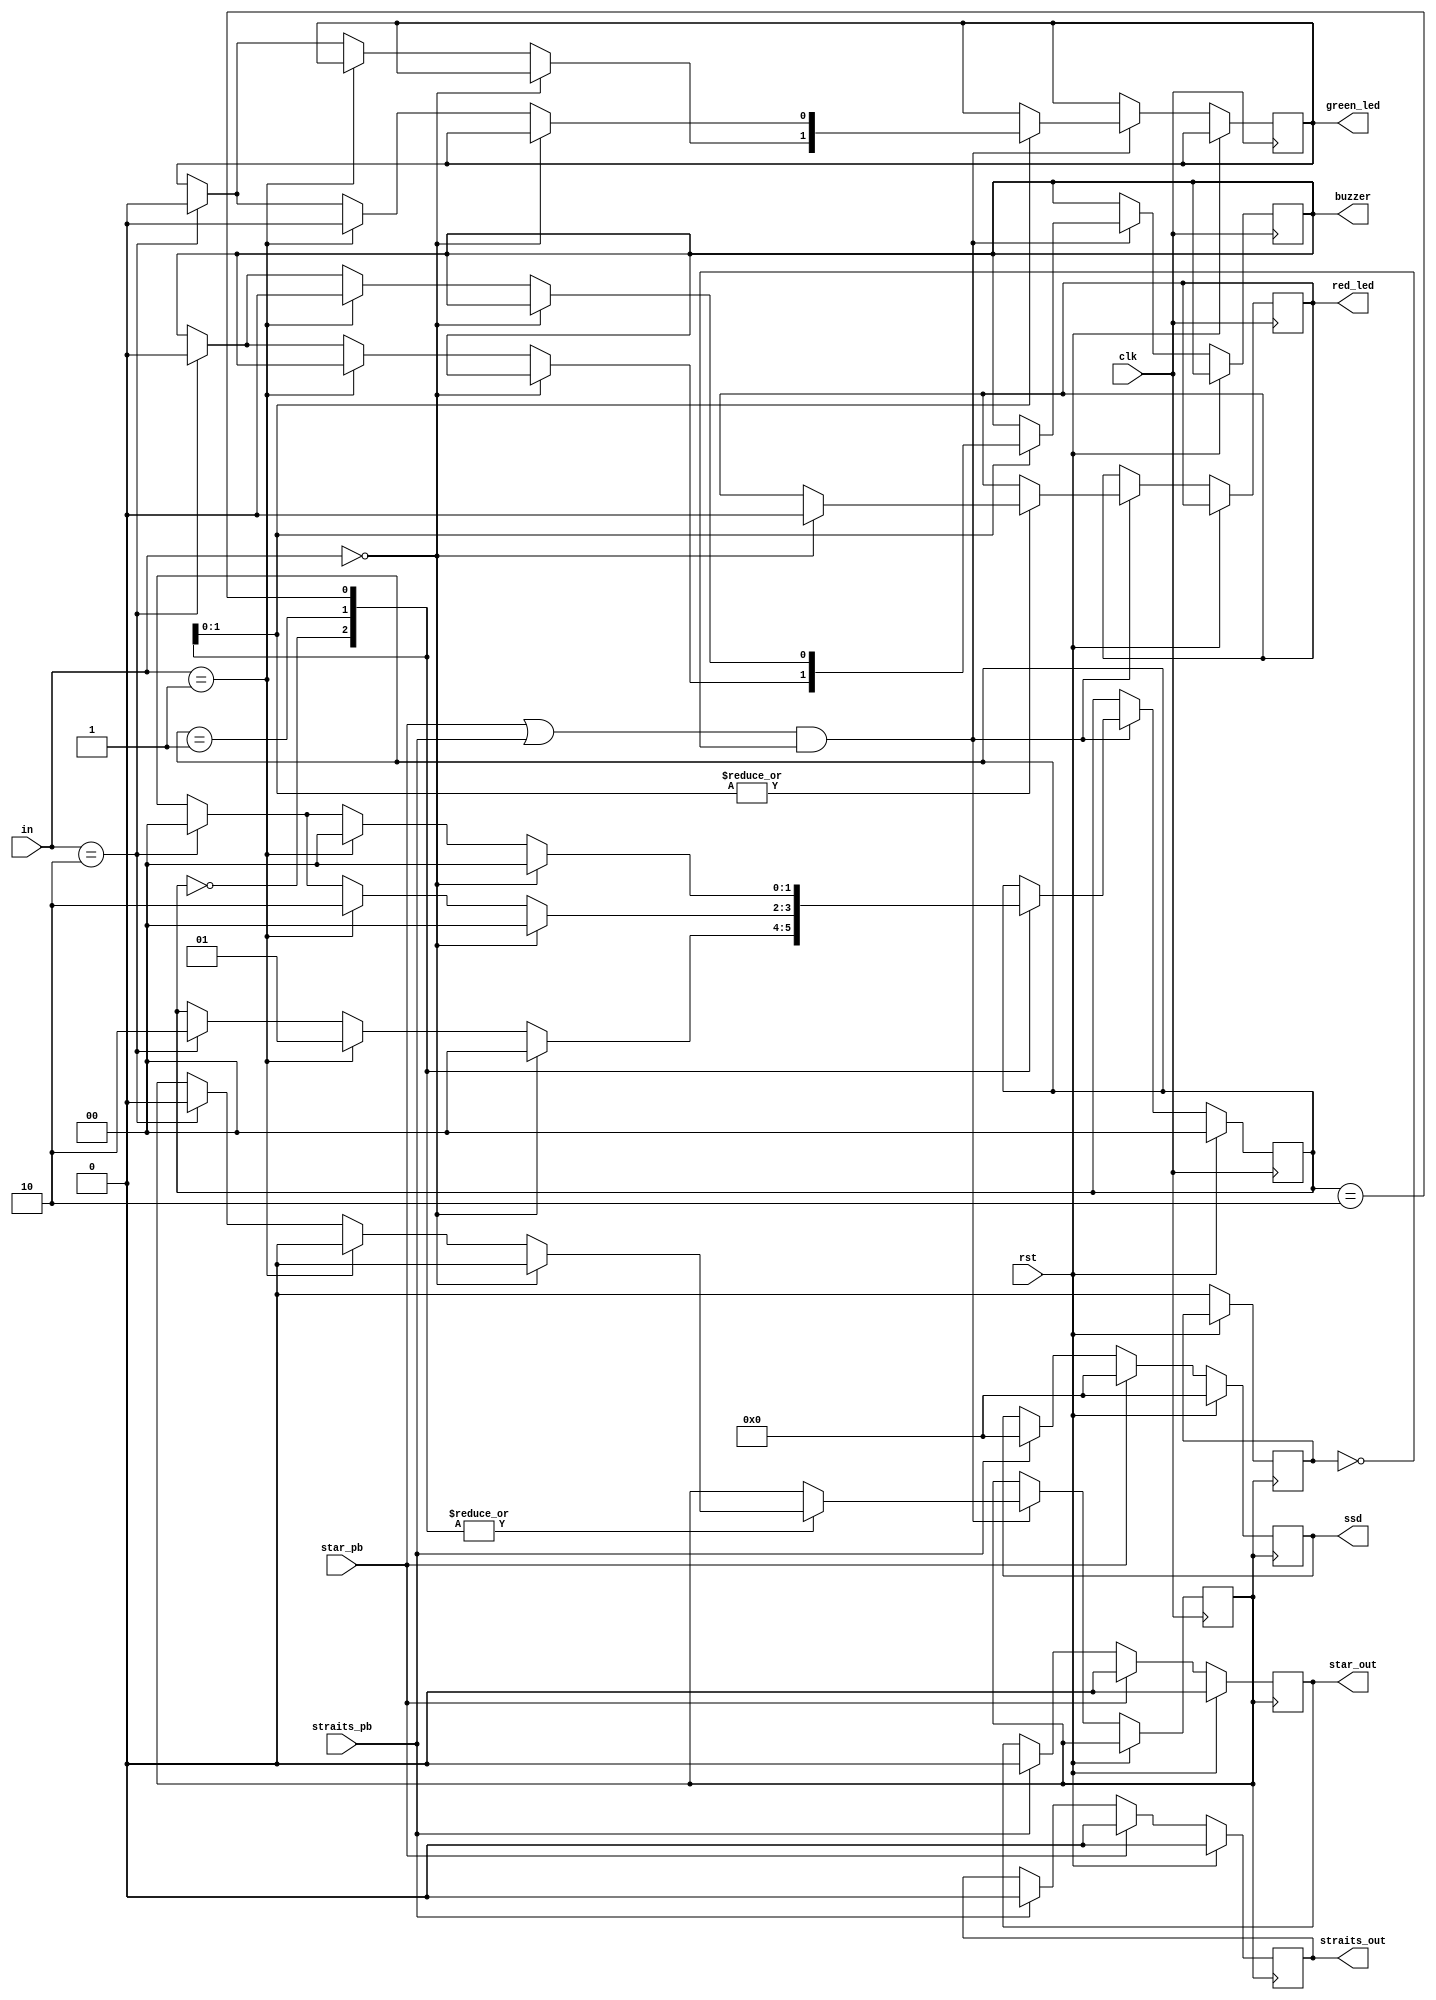
module vend(
	input clk,
	input rst,
	input [1:0] in,
	input star_pb,
	input straits_pb,
	output reg star_out,
	output reg straits_out,
	output reg green_led,
	output reg red_led,
	output reg buzzer,
	output reg [6:0] ssd
	);
reg out;
reg flag;

initial 
	begin
	star_out = 0;					// resetting all variables
	straits_out = 0;
	out = 0;
	flag = 0;
	ssd = 7'b0000000;
	green_led = 0;
	buzzer = 0;
	red_led = 0;
	end
parameter S0 = 2'b00;				// Reset State
parameter S1 = 2'b01;				// 0.5 Rs State
parameter S2 = 2'b10;				// 1 Rs State		
integer i;
reg[1:0] c_state,n_state;

always @(posedge out)
if (rst == 1)
	begin
	ssd = 7'b0000000;
	straits_out = 0;
	star_out = 0;	
	end
else 
begin
	if(star_pb ==1)
	begin
	$display("Star pressed");		
	flag = 1;
#5 ssd = 7'b1111011 ;				// Seven Segment Display value to print digit 9
	$display("--9--");
#5 ssd = 7'b1111111;				// Seven Segment Display value to print digit 8
	$display("--8--");
#5 ssd = 7'b1110000;				// Seven Segment Display value to print digit 7
	$display("--7--");
#5 ssd =7'b1011111 ;				// Seven Segment Display value to print digit 6
	$display("--6--");
#5 ssd = 7'b1011011 ;				// Seven Segment Display value to print digit 5
	$display("--5--");
#5 ssd =7'b0110011 ;				// Seven Segment Display value to print digit 4
	$display("--4--");
#5 ssd =7'b1111001 ;				// Seven Segment Display value to print digit 3
	$display("--3--");
#5 ssd = 7'b1101101 ;				// Seven Segment Display value to print digit 2
	$display("--2--");
#5 ssd =  7'b0110000;				// Seven Segment Display value to print digit 1
	$display("--1--");
#5 ssd = 7'b1111110;				// Seven Segment Display value to print digit 0
	$display("--0--");
#5 ssd = 7'b0000000;
$display("Here's your Star Times");
$display("Thank you \n \n");	

	straits_out = 0;
	#5 star_out = 1;
	#5 star_out = 0;
	end
	else if(straits_pb ==1)
	begin
	$display("Straits pressed");
	flag = 1;
#5 ssd = 7'b1111011 ;				// Seven Segment Display value to print digit 9
	$display("--9--");
#5 ssd = 7'b1111111;				// Seven Segment Display value to print digit 8
	$display("--8--");
#5 ssd = 7'b1110000;				// Seven Segment Display value to print digit 7
	$display("--7--");
#5 ssd =7'b1011111 ;				// Seven Segment Display value to print digit 6
	$display("--6--");
#5 ssd = 7'b1011011 ;				// Seven Segment Display value to print digit 5
	$display("--5--");
#5 ssd =7'b0110011 ;				// Seven Segment Display value to print digit 4
	$display("--4--");
#5 ssd =7'b1111001 ;				// Seven Segment Display value to print digit 3
	$display("--3--");
#5 ssd = 7'b1101101 ;				// Seven Segment Display value to print digit 2
	$display("--2--");
#5 ssd =  7'b0110000;				// Seven Segment Display value to print digit 1
	$display("--1--");
#5 ssd = 7'b1111110;				// Seven Segment Display value to print digit 0
	$display("--0--");
#5 ssd = 7'b0000000;

$display("Here's your Straits Times");
$display("Thank you \n  \n");	

	#5 straits_out = 1;
	#5 straits_out = 0;
	star_out = 0;
	end
	flag = 0;
	end

always @(posedge clk)
begin
if (rst == 1)
	begin
	c_state = 0;
	n_state = 0;
	end

else if((star_pb || straits_pb )&& ~flag)
	begin 
	c_state = n_state;
	case(c_state)
	S0: if (in == 0)                    // S0 is Reset State
		begin
		$display("Insert the money");
		n_state = S0;					// Stay in Reset state
		out = 0;
		end
		else if (in == 2'b01)
		begin
		n_state = S1;					// 0.5 Rs entered -> Go to state S1 : 0.5Rs state
		out = 0;
		end
		else if (in == 2'b10)
		begin
		n_state = S2;					// 1 Rs entered -> Go to state S1 : 1 Rs state
		out = 0;
		end
		
		
	S1: if (in == 0)                    // S1 is 0.5Rs State
		begin
		n_state = S0;					// 0 Rs entered after 0.5 Rs -> Incomplete amount -> Go to state S0 : Reset state
		out = 0;
		#10 red_led = 1;
		#5 red_led = 0;
		$display("Wrong Amount entered \n");
		$display("Please try again \n");
		end
		else if (in == 2'b01)
		begin
		n_state = S2;					// 0.5 Rs entered after 0.5 Rs -> Go to state S2 : 1 Rs state
		out = 0;
		end
		else if (in == 2'b10)
		begin
		n_state = S0;					// 1 Rs entered after 0.5 Rs -> Correct amount -> Set output and Go to state S0 : Reset state
		
		#10 out = 1;
		green_led = 1;
		buzzer = 1;

		#5 out = 0;
		green_led = 0;
		buzzer = 0;

		end
		
		
	S2: if (in == 0)                   // S2 is 1 Rs State
		begin
		n_state = S0;					// 0 Rs entered after 10Rs -> Incomplete amount -> Go to reset state 
		out = 0;
		$display("Wrong Amount entered");
		$display("Please try again \n");
		#10 red_led = 1;
		#5 red_led = 0;
		end
		else if (in == 2'b01)
		begin
		n_state = S0;					// 0.5 Rs entered after 10Rs -> Correct amount -> Set output and Go to state S0 : Reset state
		#10 out = 1;
		green_led = 1;
		buzzer = 1;

		#5 out = 0;
		green_led = 0;
		buzzer = 0;

		end
		else if (in == 2'b10)
		begin
		n_state = S0;					// 10Rs entered after 10Rs -> Correct amount -> Go to state S0: Reset state
		#10 out = 1;
		green_led = 1;
		buzzer = 1;

		#5 out = 0;
		green_led = 0;
		buzzer = 0;

		end
		
	endcase
end	
end
endmodule